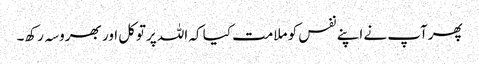
پھرآپ نے اپنے نفس کو ملامت کیا کہ اللہ پرتوکل اور بھروسہ رکھ۔